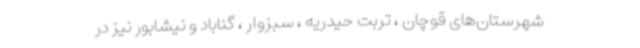
شهرستان‌های قوچان ، تربت حیدریه ، سبزوار ، گناباد و نیشابور نیز در